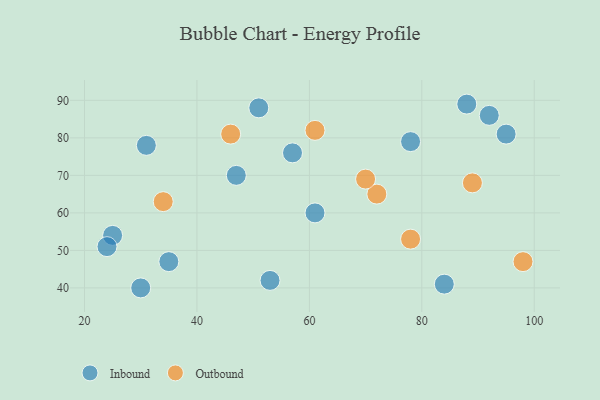
{"axis": {"x": "GDP", "y": "Life Expectancy"}, "legend": ["Inbound", "Outbound"], "data": [{"x": "25", "y": 54, "type": "Inbound"}, {"x": "95", "y": 81, "type": "Inbound"}, {"x": "84", "y": 41, "type": "Inbound"}, {"x": "31", "y": 78, "type": "Inbound"}, {"x": "92", "y": 86, "type": "Inbound"}, {"x": "51", "y": 88, "type": "Inbound"}, {"x": "88", "y": 89, "type": "Inbound"}, {"x": "24", "y": 51, "type": "Inbound"}, {"x": "35", "y": 47, "type": "Inbound"}, {"x": "53", "y": 42, "type": "Inbound"}, {"x": "57", "y": 76, "type": "Inbound"}, {"x": "47", "y": 70, "type": "Inbound"}, {"x": "61", "y": 60, "type": "Inbound"}, {"x": "30", "y": 40, "type": "Inbound"}, {"x": "78", "y": 79, "type": "Inbound"}, {"x": "34", "y": 63, "type": "Outbound"}, {"x": "46", "y": 81, "type": "Outbound"}, {"x": "72", "y": 65, "type": "Outbound"}, {"x": "98", "y": 47, "type": "Outbound"}, {"x": "70", "y": 69, "type": "Outbound"}, {"x": "78", "y": 53, "type": "Outbound"}, {"x": "61", "y": 82, "type": "Outbound"}, {"x": "89", "y": 68, "type": "Outbound"}]}